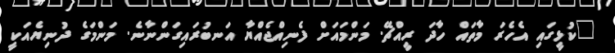
"ކުޅީގައި އެހެރަ މާތައް ހާދަ ރީއްޗޭ. މަންމައަށް ފެނިއްޖެއްޔާ އަނބުރައިގަންނާނެ. މަންމަގެ ދުނިޔެއަކީ